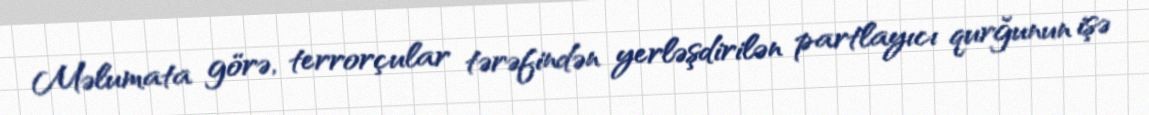
Məlumata görə, terrorçular tərəfindən yerləşdirilən partlayıcı qurğunun işə